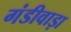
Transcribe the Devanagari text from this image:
गंडीवाड़ा